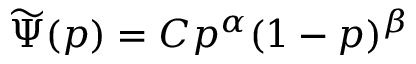
\widetilde { \Psi } ( p ) = C p ^ { \alpha } ( 1 - p ) ^ { \beta }